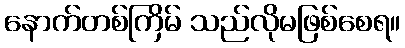
နောက်တစ်ကြိမ် သည်လိုမဖြစ်စေရ။